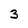
Character: 3